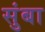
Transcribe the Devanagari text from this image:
सुंबा